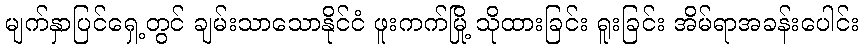
မျက်နှာပြင်ရှေ့တွင် ချမ်းသာသောနိုင်ငံ ဖူးကက်မြို့ သိုထားခြင်း ရူးခြင်း အိမ်ရာအခန်းပေါင်း